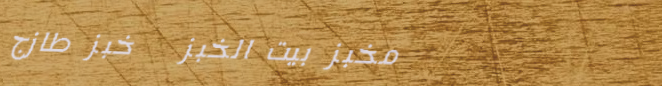
مخبز بيت الخبز   خبز طازج